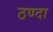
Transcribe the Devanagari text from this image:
ठण्दा